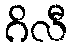
ဂိလီ